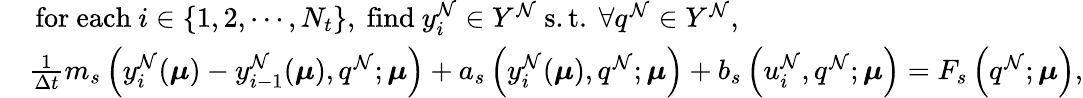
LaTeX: \begin{array}{rl}&{\mathrm{~for~each~}i\in\{ 1,2,\cdots,N_{t}\} \mathrm{,~find~}y_{i}^{\mathcal{N}}\in Y^{\mathcal{N}}\mathrm{~s.t.~}\forall q^{\mathcal{N}}\in Y^{\mathcal{N}},}\\ &{\frac{1}{\Delta t}m_{s}\left(y_{i}^{\mathcal{N}}(\boldsymbol{\mu})-y_{i-1}^{\mathcal{N}}(\boldsymbol{\mu}),q^{\mathcal{N}};\boldsymbol{\mu}\right)+a_{s}\left(y_{i}^{\mathcal{N}}(\boldsymbol{\mu}),q^{\mathcal{N}};\boldsymbol{\mu}\right)+b_{s}\left(u_{i}^{\mathcal{N}},q^{\mathcal{N}};\boldsymbol{\mu}\right)=F_{s}\left(q^{\mathcal{N}};\boldsymbol{\mu}\right),}\end{array}